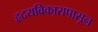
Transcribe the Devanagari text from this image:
हृदयविकारापासून